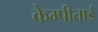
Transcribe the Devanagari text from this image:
केम्पीताई